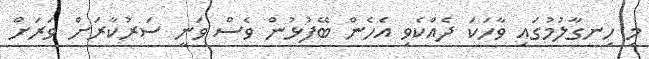
މި ހިނގާލުމުގައި ވާހަކަ ދެއްކެވި އެހެން ބޭފުޅުން ވެސް ވަނީ ސަރުކާރަށް ވަރަށް